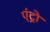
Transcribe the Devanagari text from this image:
एंट्रो